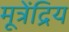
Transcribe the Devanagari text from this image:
मूत्रेंद्रिय